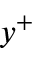
y ^ { + }